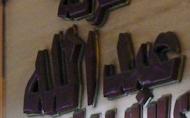
عبد